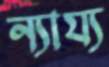
ন্যায্য